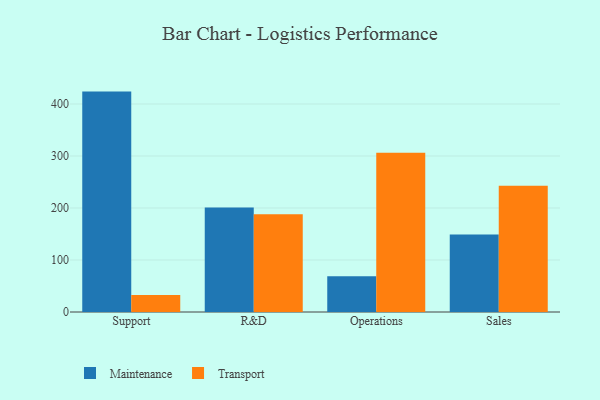
{"axis": {"x": "Department", "y": "Bounce Rate (%)"}, "legend": ["Maintenance", "Transport"], "data": [{"x": "Support", "y": 423.9, "type": "Maintenance"}, {"x": "Support", "y": 32.9, "type": "Transport"}, {"x": "R&D", "y": 201.1, "type": "Maintenance"}, {"x": "R&D", "y": 187.9, "type": "Transport"}, {"x": "Operations", "y": 68.9, "type": "Maintenance"}, {"x": "Operations", "y": 306.4, "type": "Transport"}, {"x": "Sales", "y": 148.9, "type": "Maintenance"}, {"x": "Sales", "y": 242.6, "type": "Transport"}]}